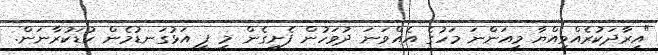
"އިރާދަކުރެއްވިއްޔާ މިއަންނަ މަހުގެ އެއްވަނަ ދުވަހުން ފެށިގެން މި ފީ އަޅުގަނޑުމެން ކުޑަކުރާނަން.